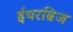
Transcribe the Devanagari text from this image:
ईथरब्रिज